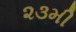
૨૩મી